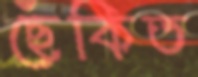
ছেঁকিত